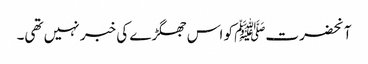
آنحضرتﷺ کو اس جھگڑے کی خبر نہیں تھی۔